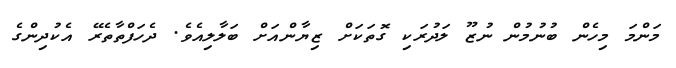
މަންމަ މިހެން ބުނުމުން ނުޒޫ ލަދުރަކި ގޮތަކަށް ޒިޔާންއަށް ބަލާލިއެވެ. ދެހަފްތާތެރޭ އެކުދިންގެ